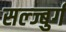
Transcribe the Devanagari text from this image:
सल्ज्बुर्ग